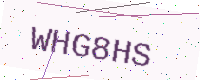
Text: WHG8HS